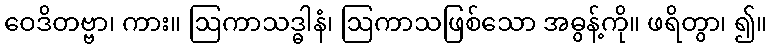
ဝေဒိတဗ္ဗာ၊ ကား။ ဩကာသဒ္ဓါနံ၊ ဩကာသဖြစ်သော အဓွန့်ကို။ ဖရိတွာ၊ ၍။